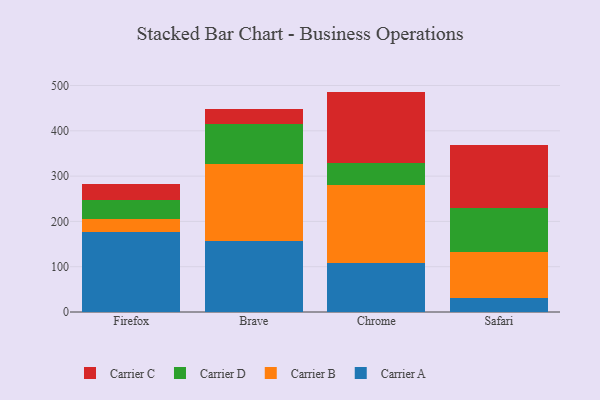
{"axis": {"x": "Browser", "y": "Net Income (USD K)"}, "legend": ["Carrier A", "Carrier B", "Carrier C", "Carrier D"], "data": [{"x": "Firefox", "y": 176.3, "type": "Carrier A"}, {"x": "Firefox", "y": 28.3, "type": "Carrier B"}, {"x": "Firefox", "y": 42.6, "type": "Carrier D"}, {"x": "Firefox", "y": 34.7, "type": "Carrier C"}, {"x": "Brave", "y": 157.4, "type": "Carrier A"}, {"x": "Brave", "y": 169.9, "type": "Carrier B"}, {"x": "Brave", "y": 88.6, "type": "Carrier D"}, {"x": "Brave", "y": 32.7, "type": "Carrier C"}, {"x": "Chrome", "y": 109.1, "type": "Carrier A"}, {"x": "Chrome", "y": 170.6, "type": "Carrier B"}, {"x": "Chrome", "y": 50.1, "type": "Carrier D"}, {"x": "Chrome", "y": 156.8, "type": "Carrier C"}, {"x": "Safari", "y": 30.9, "type": "Carrier A"}, {"x": "Safari", "y": 101.6, "type": "Carrier B"}, {"x": "Safari", "y": 97.8, "type": "Carrier D"}, {"x": "Safari", "y": 137.5, "type": "Carrier C"}]}